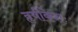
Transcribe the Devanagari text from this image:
हृषीकेशः